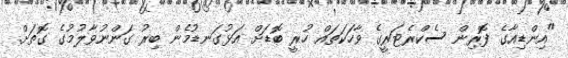
"އިންޑިއާގެ ފޮރިން ސެކްރެޓަރީގެ ވާހަކަތައް ހުރީ ބޮޑަށް އަޅުގަނޑުމެން ބިރު ގަންނުވާލުމުގެ ގޮތަށް.